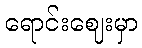
ရောင်းဈေးမှာ